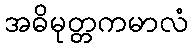
အဓိမုတ္တကမာလံ